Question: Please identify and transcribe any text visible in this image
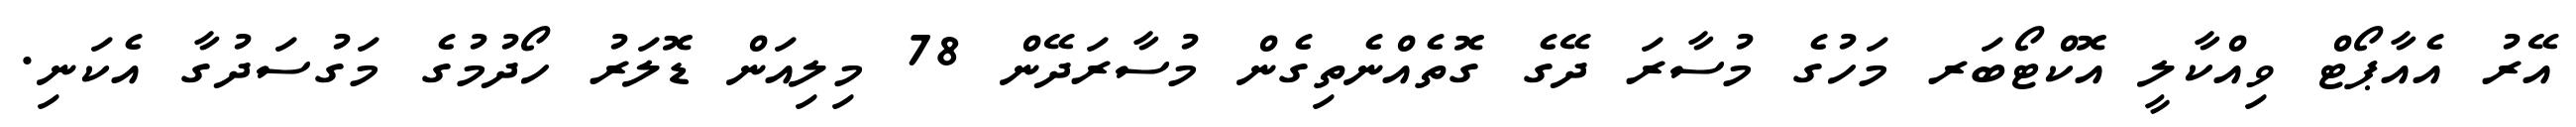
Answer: އޭރު އެއާޕޯޓް ވިއްކާލީ އޮކްޓޯބަރ މަހުގެ މުސާރަ ދޭގެ ގޮތެއްނެތިގެން މުސާރަދޭން 78 މިލިއަން ޑޮލަރު ހޯދުމުގެ މަގުސަދުގާ އެކަނި.